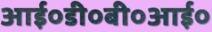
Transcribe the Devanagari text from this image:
आई०डी०बी०आई०